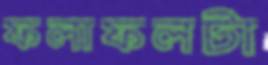
ফলাফলটা